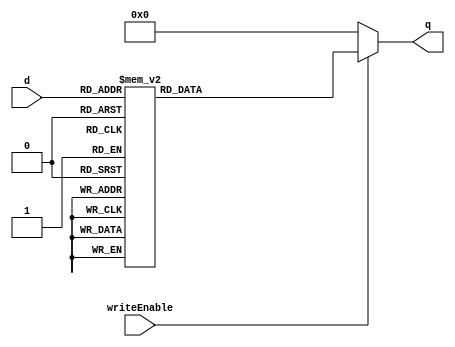
module decode3
( 
input writeEnable,
input [2:0] d,
output reg [7:0] q
);

always @(*)
begin
  if (writeEnable == 0)
    begin
      q = 8'h00;
    end
  else
    begin
      case(d)
        3'b000: q <= 8'b00000001;
        3'b001: q <= 8'b00000010;
        3'b010: q <= 8'b00000100;
        3'b011: q <= 8'b00001000;
        3'b100: q <= 8'b00010000;
        3'b101: q <= 8'b00100000;
        3'b110: q <= 8'b01000000;
        3'b111: q <= 8'b10000000;
        default: q <= 8'b00000000;
      endcase
    end
end

endmodule